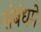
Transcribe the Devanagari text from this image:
संबंधमे